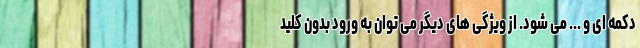
دکمه ای و ... می شود. از ویژگی های دیگر می توان به ورود بدون کلید